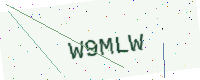
Text: W9MLW